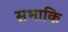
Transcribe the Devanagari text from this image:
सभाकि